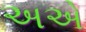
અએ